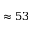
\approx 5 3